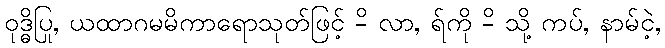
ဝုဒ္ဓိပြု, ယထာဂမမိကာရောသုတ်ဖြင့် -ိ လာ, ရ်ကို -ိ သို့ ကပ်, နာမ်ငဲ့,